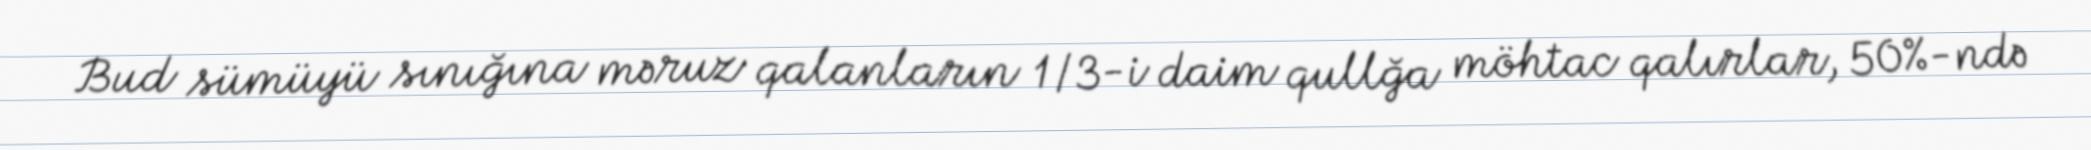
Bud sümüyü sınığına məruz qalanların 1/3-i daim qullğa möhtac qalırlar, 50%-ndə